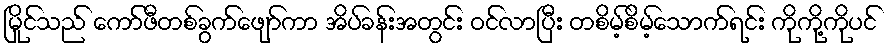
မြိုင်သည် ကော်ဖီတစ်ခွက်ဖျော်ကာ အိပ်ခန်းအတွင်း ဝင်လာပြီး တစိမ့်စိမ့်သောက်ရင်း ကိုကို့ကိုပင်